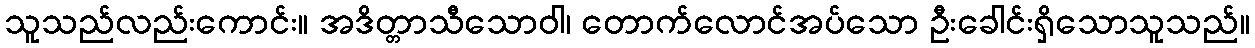
သူသည်လည်းကောင်း။ အဒိတ္တာသီသောဝါ၊ တောက်လောင်အပ်သော ဦးခေါင်းရှိသောသူသည်။